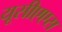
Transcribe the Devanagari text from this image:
यूसीएएस